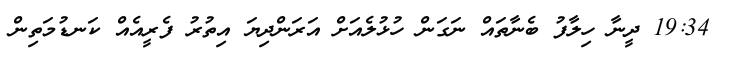
19:34 ދީނާ ހިލާފު ބެނާތައް ނަގަން ހުޅުލެއަށް އަރަންދިޔަ އިތުރު ފެރީއެއް ކަނޑުމަތިން